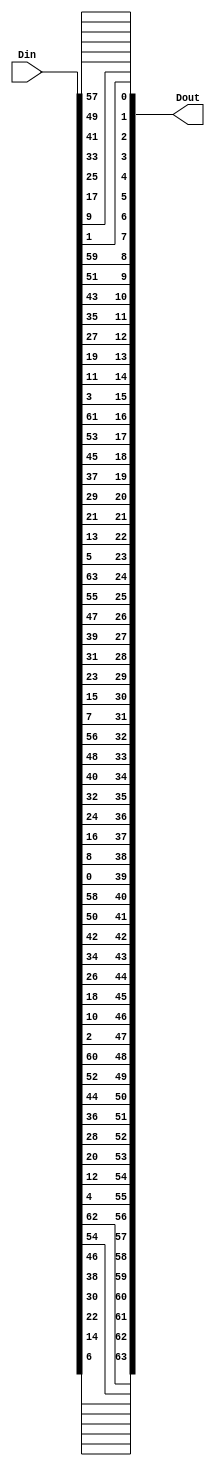
`timescale 1ns / 1ps

////////////////////////////////////////////////////////////////////////
//
//  This file is part of Descrypt Ztex Bruteforcer
//  Copyright (C) 2014 Alexey Osipov <giftsungiv3n at gmail dot com>
//
//  This program is free software: you can redistribute it and/or modify
//  it under the terms of the GNU General Public License as published by
//  the Free Software Foundation, either version 3 of the License, or
//  (at your option) any later version.
//
//  This program is distributed in the hope that it will be useful,
//  but WITHOUT ANY WARRANTY; without even the implied warranty of
//  MERCHANTABILITY or FITNESS FOR A PARTICULAR PURPOSE. See the
//  GNU General Public License for more details.
//
//  You should have received a copy of the GNU General Public License
//  along with this program. If not, see <http://www.gnu.org/licenses/>.
//
////////////////////////////////////////////////////////////////////////

module IP(
    input [63:0] Din,
    output [63:0] Dout
    );

assign Dout = {Din[6], Din[14], Din[22], Din[30], Din[38], Din[46], Din[54], Din[62], Din[4], Din[12], Din[20], Din[28], Din[36], Din[44], Din[52], Din[60], Din[2], Din[10], Din[18], Din[26], Din[34], Din[42], Din[50], Din[58], Din[0], Din[8], Din[16], Din[24], Din[32], Din[40], Din[48], Din[56], Din[7], Din[15], Din[23], Din[31], Din[39], Din[47], Din[55], Din[63], Din[5], Din[13], Din[21], Din[29], Din[37], Din[45], Din[53], Din[61], Din[3], Din[11], Din[19], Din[27], Din[35], Din[43], Din[51], Din[59], Din[1], Din[9], Din[17], Din[25], Din[33], Din[41], Din[49], Din[57]};

endmodule

module IP_1(
    input [63:0] Din,
    output [63:0] Dout
    );

assign Dout = {Din[24], Din[56], Din[16], Din[48], Din[8], Din[40], Din[0], Din[32], Din[25], Din[57], Din[17], Din[49], Din[9], Din[41], Din[1], Din[33], Din[26], Din[58], Din[18], Din[50], Din[10], Din[42], Din[2], Din[34], Din[27], Din[59], Din[19], Din[51], Din[11], Din[43], Din[3], Din[35], Din[28], Din[60], Din[20], Din[52], Din[12], Din[44], Din[4], Din[36], Din[29], Din[61], Din[21], Din[53], Din[13], Din[45], Din[5], Din[37], Din[30], Din[62], Din[22], Din[54], Din[14], Din[46], Din[6], Din[38], Din[31], Din[63], Din[23], Din[55], Din[15], Din[47], Din[7], Din[39]};

endmodule